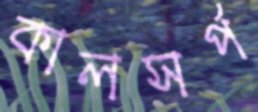
কালসর্প